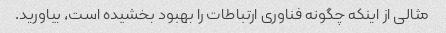
مثالی از اینکه چگونه فناوری ارتباطات را بهبود بخشیده است، بیاورید.